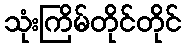
သုံးကြိမ်တိုင်တိုင်